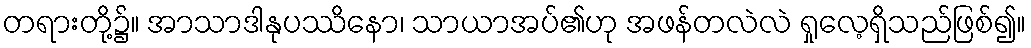
တရားတို့၌။ အာသာဒါနုပဿိနော၊ သာယာအပ်၏ဟု အဖန်တလဲလဲ ရှုလေ့ရှိသည်ဖြစ်၍။